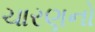
ચારણનો